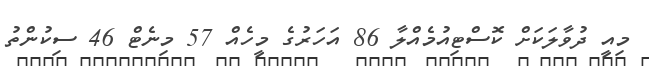
މިއީ ދުވާލަކަށް ކޮސްޓިއުމެއްލާ 86 އަހަރުގެ މީހެއް 57 މިނެޓް 46 ސިކުންތު